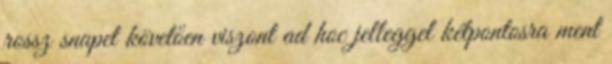
rossz snapet követően viszont ad hoc jelleggel kétpontosra ment